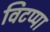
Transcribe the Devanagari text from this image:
विटप्पा